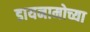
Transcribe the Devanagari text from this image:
डायनामोच्या